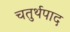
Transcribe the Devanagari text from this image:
चतुर्थपाद